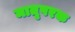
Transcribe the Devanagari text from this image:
मातृपरक